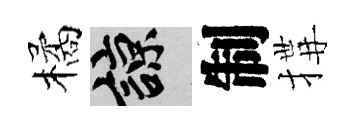
橘諒制搆